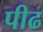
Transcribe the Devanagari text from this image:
पीढ